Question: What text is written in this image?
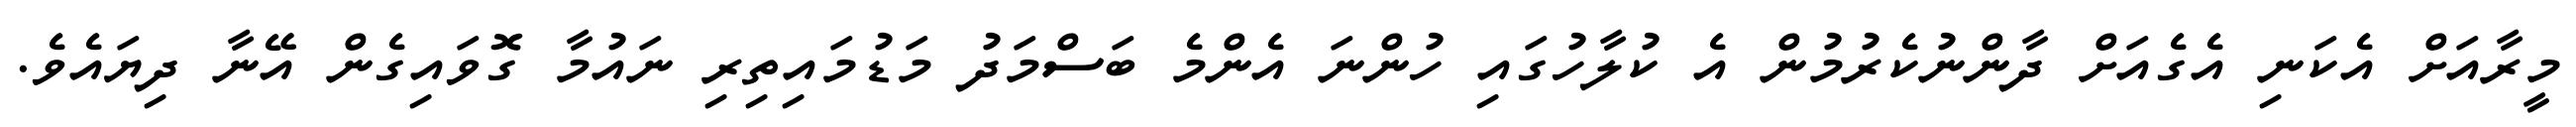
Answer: މީރާއަށް އެކަނި އެގެއަށް ދާންނުކެރުމުން އެ ކުލާހުގައި ހުންނަ އެންމެ ބަސްމަދު މަޑުމައިތިރި ނައުމާ ގޮވައިގެން އޭނާ ދިޔައެވެ.